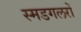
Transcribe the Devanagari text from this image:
स्मडगलरों